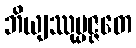
ဘိယျဿုပ္ပဇ္ဇတေ